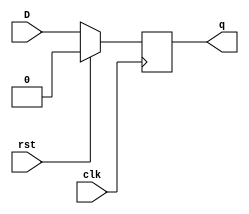
module D_rsth (
    input clk,D,rst,
    output reg q
);
    always @(posedge clk)
    begin
    if(rst==1'b1)
        q=1'b0;
    else
        q=D;
    end
endmodule